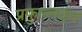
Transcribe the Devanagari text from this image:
प्रफुल्लदत्त